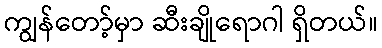
ကျွန်တော့်မှာ ဆီးချိုရောဂါ ရှိတယ်။